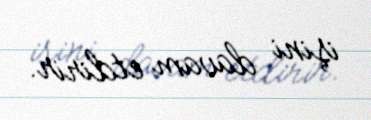
işini davam etdirir.